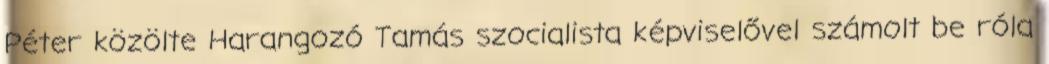
Péter közölte Harangozó Tamás szocialista képviselővel számolt be róla